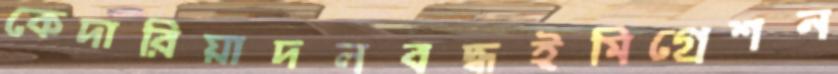
কেদারিয়াদলবদ্ধইমিগ্রেশন